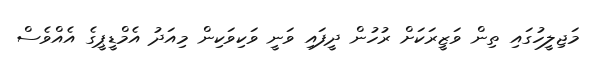
މަޖިލީހުގައި ތިން ވަޒީރަކަށް ރުހުން ދީފައި ވަނީ ވަކިވަކިން މިއަދު އެމްޑީޕީގެ އެއްވެސް